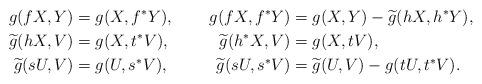
LaTeX: \begin{align*}g(fX,Y)&=g(X,f^{\ast}Y), & g(fX,f^{\ast}Y)&=g(X,Y)-\widetilde{g}(hX,h^{\ast}Y), \\\widetilde{g}(hX,V)&=g(X,t^{\ast}V), & \widetilde{g}(h^{\ast}X,V)&=g(X,tV), \\\widetilde{g}(sU,V)&=g(U,s^{\ast}V), & \widetilde{g}(sU,s^{\ast}V)&=\widetilde{g}(U,V)-g(tU,t^{\ast}V).\end{align*}